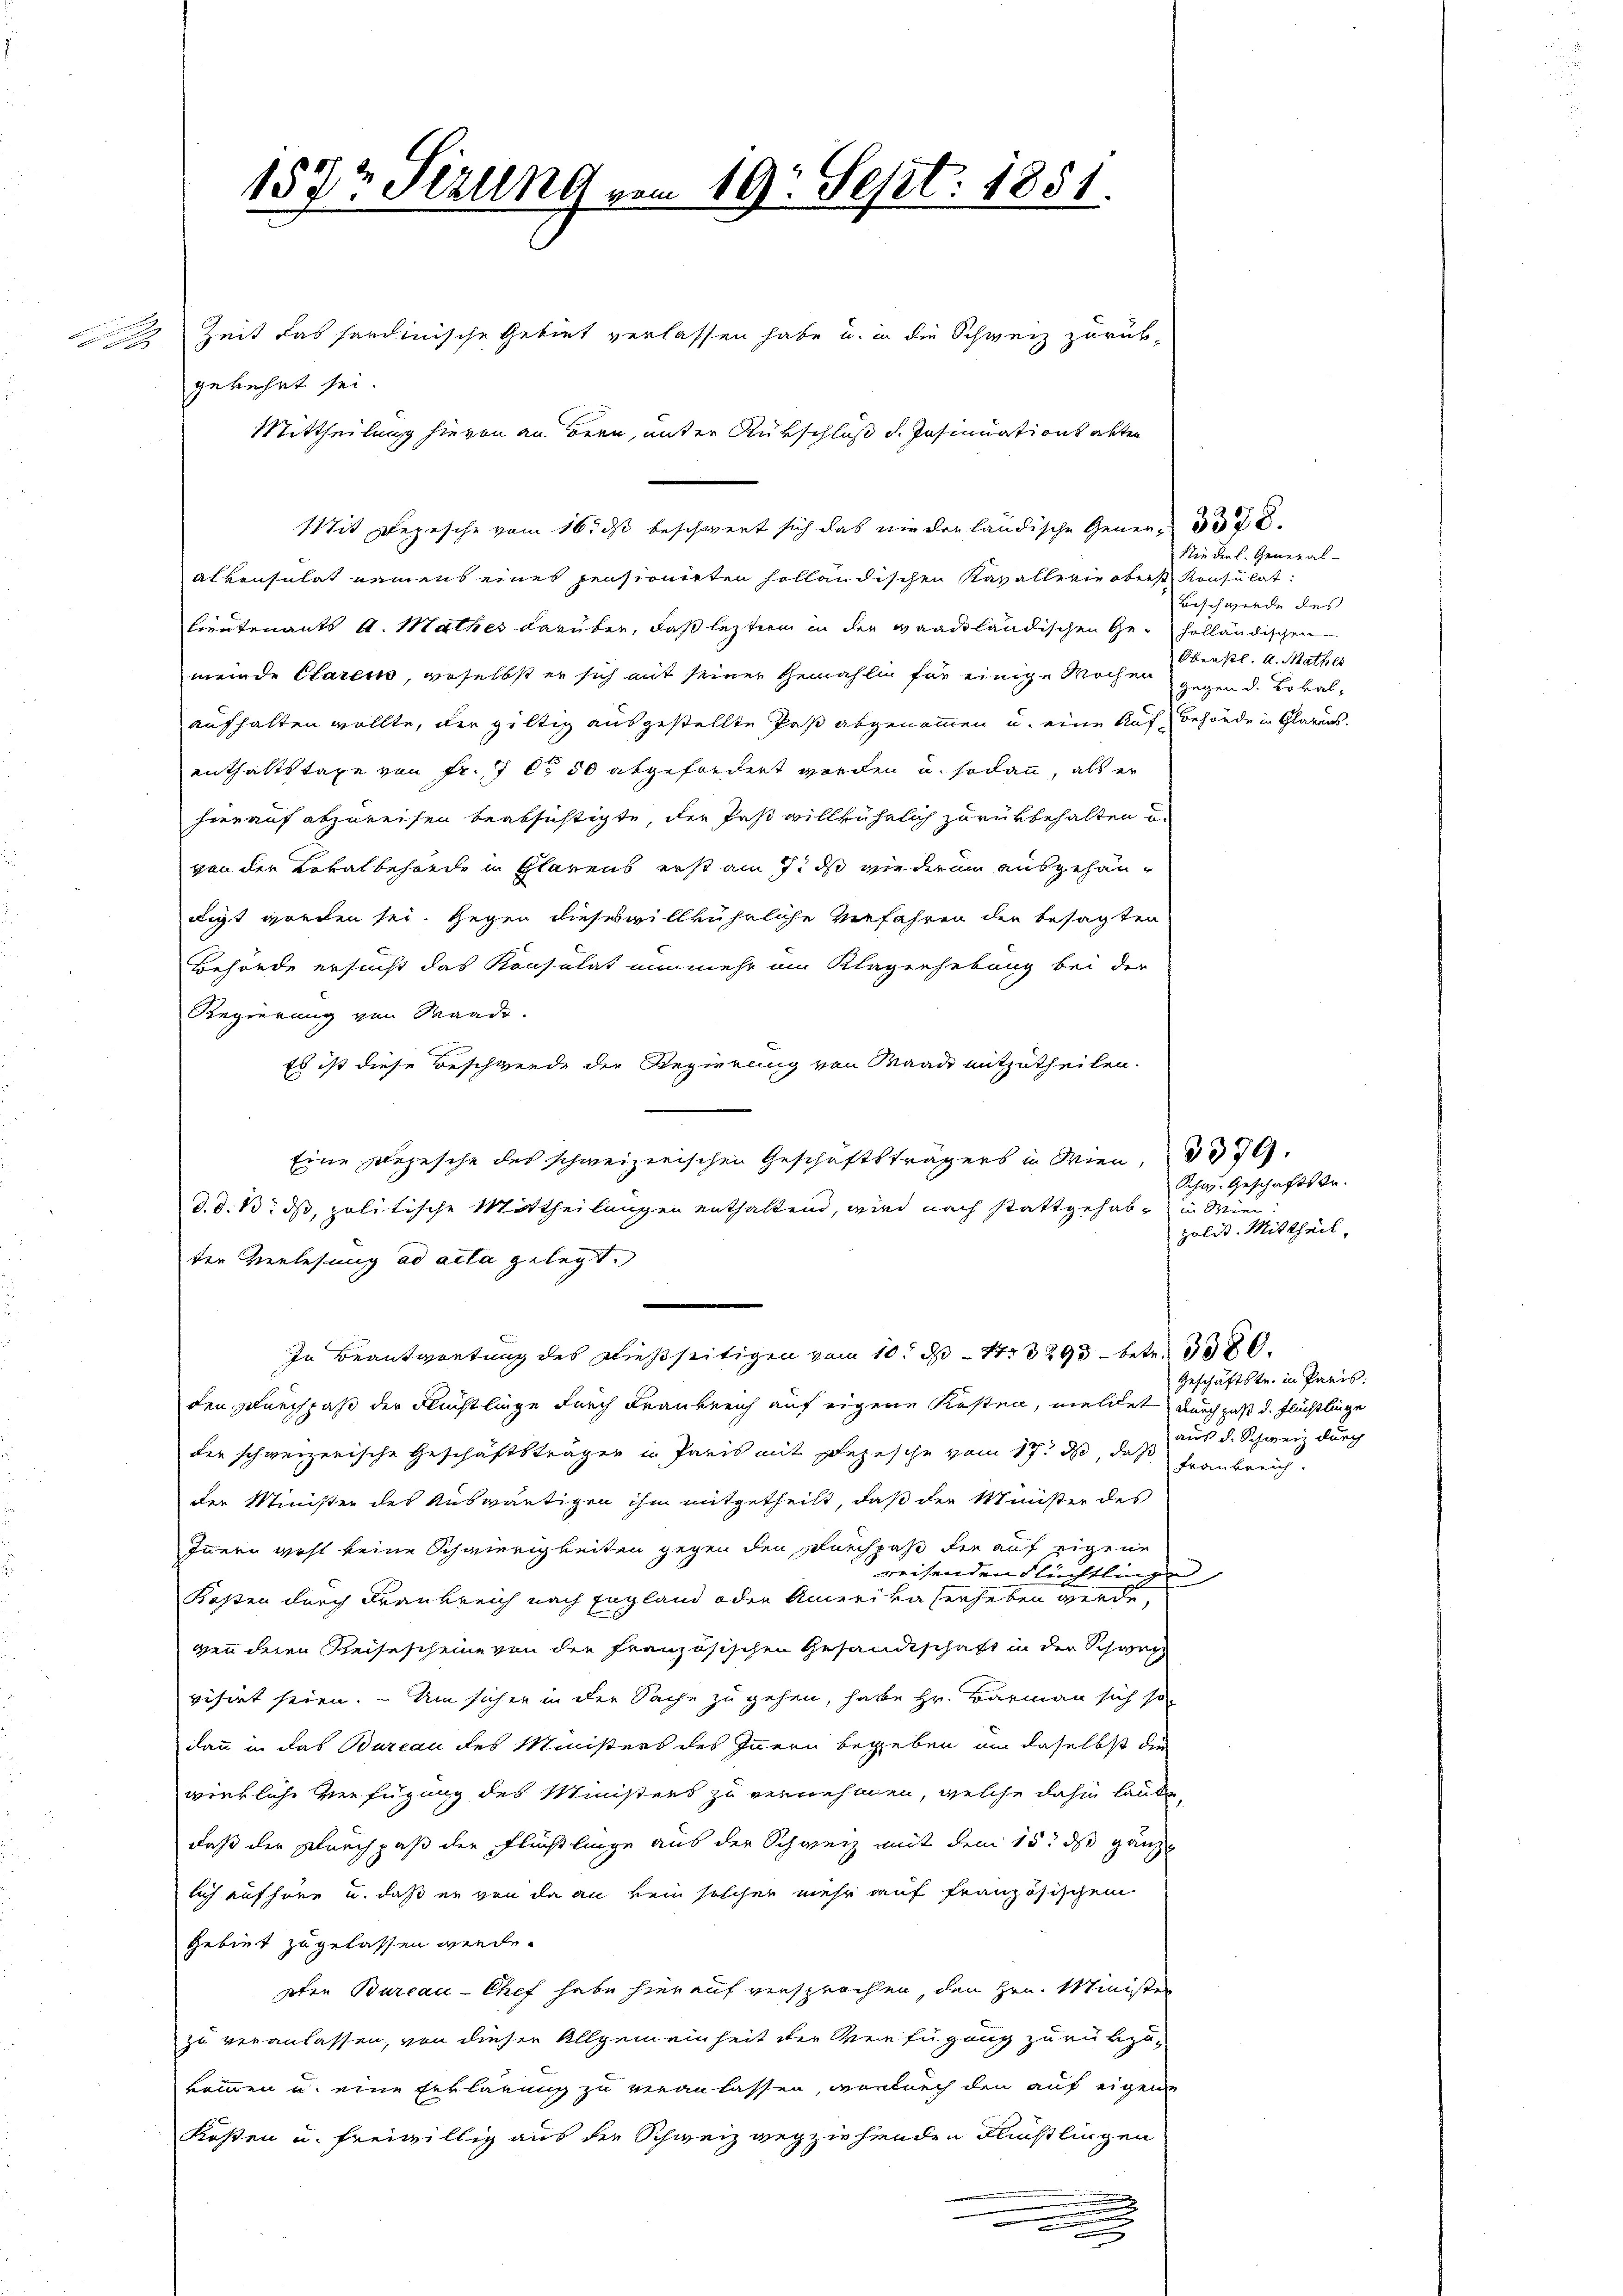
157t Sizung vom 19. Sept. 1851.

Zeit das hardinische Gebiet verlassen habe u. in die Schweiz zurükgekehrt sei.
Mit Depesche vom 16. ds beschwert sich das nie der ländische Gener- 378.
alkonsulat namens eines pensionirten holländischen Kavallerie oberst Konsulat:
Lieutenants A. Mathes darüber, daß letztem in der waadtländischen Ge- holländischen
meinde Clarem, geselbst er sich mit seiner Gemahlig für einige Wochen
aufhalten wollte, der giltig ausgestellte Paß abgenommen u. eine Aufbehanden Glarus.
enthaltstage von Fr. 7 l. 50 abgefordert worden u. sodann, als er
hierauf abzureisen beabsichtigte, der Paß willkührlich zurükbehalten u.
von der Lokalbehörde in Glarus erst am 7. ds wiederen ausgehandigt werden sei. Gegen dieseswillkührliche Verfahren der besagten
Behörde ersucht das Konsulat nunmehr im Klagerhebung bei der
Regierung von Waadt.
Es ist diese Beschwerde der Regierung von Waade mitzutheilen.
Eine Depesche des schweizerischen Geschäftsträgers in Wien, 3379.
d. d. B. ds, politische Mittheilungen enthaltend, wird nach stattgehabt in Wie
ter Verlesung ad acta gelegt.
.
In Beantwortung des Dießseitigen vom 10. d. 1. 3293 - betr. 380.
den Durchpaß der Flüchtlinge durch Frankreich auf eigene Kosten, meldet durch daß d. Flüchtlinge
der schweizerische Geschäftsträger in Paris mit Depesche vom 17. ds, daß Frankreich-
der Minister des Auswärtigen ihm mitgetheilt, daß der Minister des
Innern wohl keine Schwierigkeiten gegen den Durchpaß der auf eigene
reisenden Flüchtlinge
Kassen durch Frankreich nach England oder Amerikaserheben werde,
ven deren Reisescheine von der französischen Gesandtschaft in der Schwac
visirt seien. – Um sicher in der Sache zu gehen, habe Hr. Barmann sich so
dann in das Bureau des Ministers des Innern begeben, um daselbst die
wirkliche Verfügung des Ministers zu vernehmen, welche dahin laute,
daß der Durchpaß der Flühlinge aus der Schweiz mit dem 15. ds ganz
lich aufhöre u. daß er von da an kein solcher mehr auf französischen
Gebiet zugelassen werde.
pten Bureau-Chef habe hierauf versprochen, den Hrn. Minister
zu veranlassen, von dieser Allgemeinheit der Verfügung zurükzu-
kommen u. eine Erklärung zu veranlassen, wodurch den auf eigene
Kosten u. freiwillig aus die Schweiz wegziehenden Flüchtlingen

Mittheilung hievon an Bern, unter Rükschluß d. Insinuationsakten

Nieder l. General-
Beschwerde des
Oberstl. A. Mathes
gegen d. Lokal,

Schw. Geschäftsanpolit. Mittheil.

Geschäftstr. in Paris.
aus d. Schweiz durch